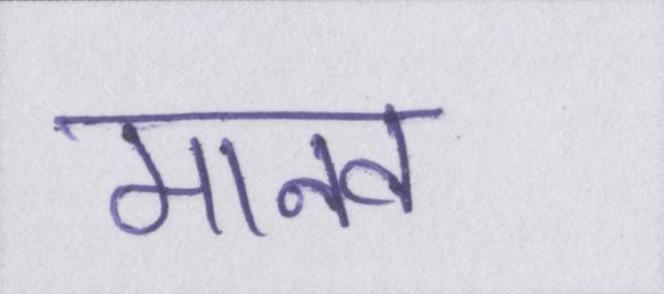
मानव